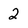
Character: 2